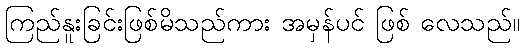
ကြည်နူးခြင်းဖြစ်မိသည်ကား အမှန်ပင် ဖြစ် လေသည်။